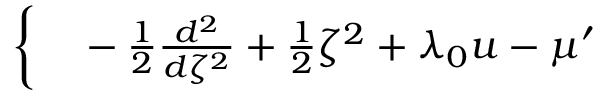
\begin{array} { r l } { \bigg \{ } & { { } - \frac { 1 } { 2 } \frac { d ^ { 2 } } { d \zeta ^ { 2 } } + \frac { 1 } { 2 } \zeta ^ { 2 } + \lambda _ { 0 } u - \mu ^ { \prime } } \end{array}